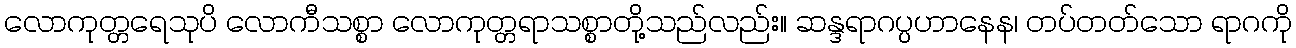
လောကုတ္တရေသုပိ လောကီသစ္စာ လောကုတ္တရာသစ္စာတို့သည်လည်း။ ဆန္ဒရာဂပ္ပဟာနေန၊ တပ်တတ်သော ရာဂကို